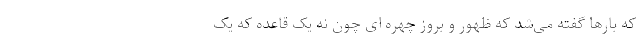
که بارها گفته می‌شد که ظهور و بروز چهره ای چون نه یک قاعده که یک